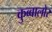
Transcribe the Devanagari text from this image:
कुब्बालोर